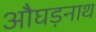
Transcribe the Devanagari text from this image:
औघड़नाथ